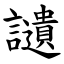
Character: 讉